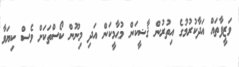
ވަޒީފާތައް އަދާކުރުމުގެ އިތުރުން ޤާޟީކަން މުޙާމީކަން އަދި މިނޫން ކޯސްތަކަށް ވެސް ކިޔަވާ